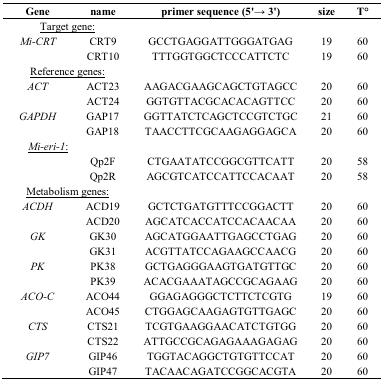
<table><thead><tr><td><b>Gene</b></td><td><b>name</b></td><td><b>primer sequence (5&#x27;→ 3&#x27;)</b></td><td><b>size</b></td><td><b>T°</b></td></tr></thead><tbody><tr><td colspan="2"><underline>Target gene:</underline></td><td></td><td></td><td></td></tr><tr><td><i>Mi-CRT</i></td><td>CRT9</td><td>GCCTGAGGATTGGGATGAG</td><td>19</td><td>60</td></tr><tr><td></td><td>CRT10</td><td>TTTGGTGGCTCCCATTCTC</td><td>19</td><td>60</td></tr><tr><td colspan="2"><underline>Reference genes:</underline></td><td></td><td></td><td></td></tr><tr><td><i>ACT</i></td><td>ACT23</td><td>AAGACGAAGCAGCTGTAGCC</td><td>20</td><td>60</td></tr><tr><td></td><td>ACT24</td><td>GGTGTTACGCACACAGTTCC</td><td>20</td><td>60</td></tr><tr><td><i>GAPDH</i></td><td>GAP17</td><td>GGTTATCTCAGCTCCGTCTGC</td><td>21</td><td>60</td></tr><tr><td></td><td>GAP18</td><td>TAACCTTCGCAAGAGGAGCA</td><td>20</td><td>60</td></tr><tr><td><i><underline>Mi-eri-1</underline></i>:</td><td></td><td></td><td></td><td></td></tr><tr><td></td><td>Qp2F </td><td>CTGAATATCCGGCGTTCATT</td><td>20</td><td>58</td></tr><tr><td></td><td>Qp2R </td><td>AGCGTCATCCATTCCACAAT </td><td>20</td><td>58</td></tr><tr><td colspan="2"><underline>Metabolism genes:</underline></td><td></td><td></td><td></td></tr><tr><td><i>ACDH</i></td><td>ACD19</td><td>GCTCTGATGTTTCCGGACTT</td><td>20</td><td>60</td></tr><tr><td></td><td>ACD20</td><td>AGCATCACCATCCACAACAA</td><td>20</td><td>60</td></tr><tr><td><i>GK</i></td><td>GK30</td><td>AGCATGGAATTGAGCCTGAG</td><td>20</td><td>60</td></tr><tr><td></td><td>GK31</td><td>ACGTTATCCAGAAGCCAACG</td><td>20</td><td>60</td></tr><tr><td><i>PK</i></td><td>PK38</td><td>GCTGAGGGAAGTGATGTTGC</td><td>20</td><td>60</td></tr><tr><td></td><td>PK39</td><td>ACACGAAATAGCCGCAGAAG</td><td>20</td><td>60</td></tr><tr><td><i>ACO-C</i></td><td>ACO44</td><td>GGAGAGGGCTCTTCTCGTG</td><td>19</td><td>60</td></tr><tr><td></td><td>ACO45</td><td>CTGGAGCAAGAGTGTTGAGC</td><td>20</td><td>60</td></tr><tr><td><i>CTS</i></td><td>CTS21</td><td>TCGTGAAGGAACATCTGTGG</td><td>20</td><td>60</td></tr><tr><td></td><td>CTS22</td><td>ATTGCCGCAGAGAAAGAGAG</td><td>20</td><td>60</td></tr><tr><td><i>GIP7</i></td><td>GIP46</td><td>TGGTACAGGCTGTGTTCCAT</td><td>20</td><td>60</td></tr><tr><td></td><td>GIP47</td><td>TACAACAGATCCGGCACGTA</td><td>20</td><td>60</td></tr></tbody></table>